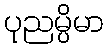
ပုညမ္ပိမာ